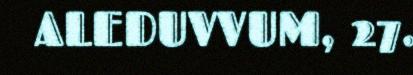
ALEDUVVUM, 27.